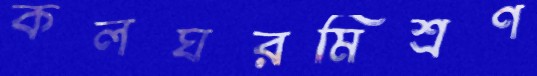
কলঘরমিশ্রণ